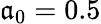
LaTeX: \mathfrak{a}_{0}=0.5